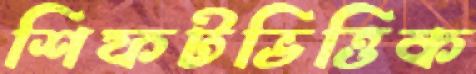
শিফটভিত্তিক